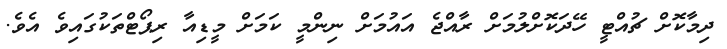
ދިމާކޮށް ޗުއްޓީ ހޭދަކޮށްލުމަށް ރާއްޖެ އައުމަށް ނިންމީ ކަމަށް މީޑިއާ ރިޕޯޓްތަކުގައިވެ އެވެ.